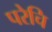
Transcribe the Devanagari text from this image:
परेचि